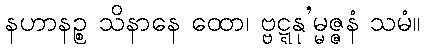
နဟာနဉ္စ သိနာနေ ထော၊ ဗ္ဗဋ္ဋနု’မ္မဇ္ဇနံ သမံ။